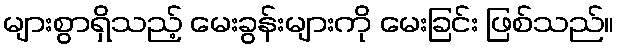
များစွာရှိသည့် မေးခွန်းများကို မေးခြင်း ဖြစ်သည်။